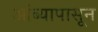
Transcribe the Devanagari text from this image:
आंब्यापासून